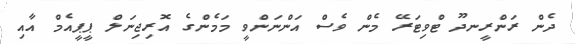
ދެން ރަންރީނދޫ ޓްވިޓަރޭ މެން ވެސް އަންނަންވީ މަމެންގެ އޮރިޖިނަލް ޕީޕީއެމް އާއި